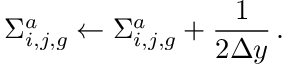
\Sigma _ { i , j , g } ^ { a } \leftarrow \Sigma _ { i , j , g } ^ { a } + \frac { 1 } { 2 \Delta y } \, .